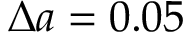
\Delta a = 0 . 0 5